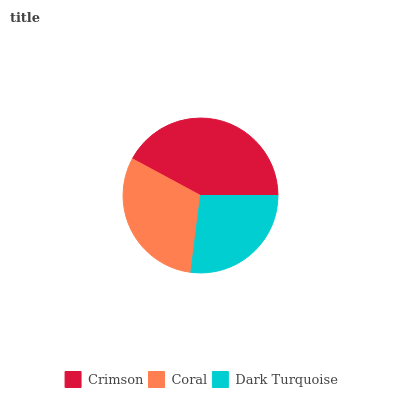
| Crimson | Coral | Dark Turquoise |
 | --- | --- | --- |
 | 42.1% | 30.8% | 27% |